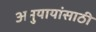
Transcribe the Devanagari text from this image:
अनुयायांसाठी